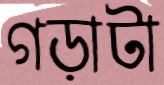
গড়াটা